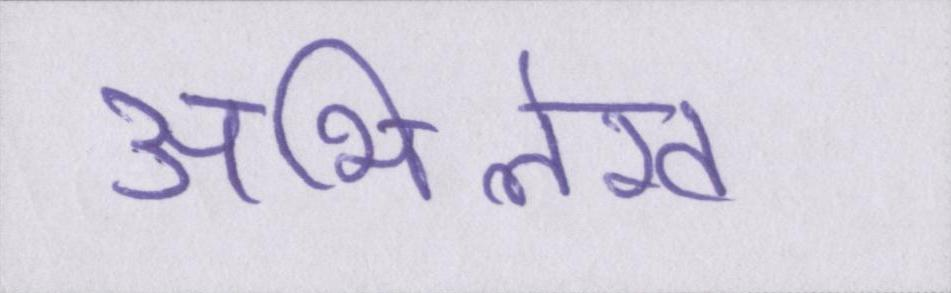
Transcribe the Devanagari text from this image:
अभिलेख